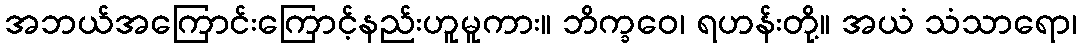
အဘယ်အကြောင်းကြောင့်နည်းဟူမူကား။ ဘိက္ခဝေ၊ ရဟန်းတို့။ အယံ သံသာရော၊